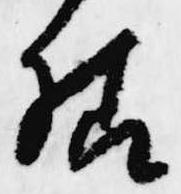
様